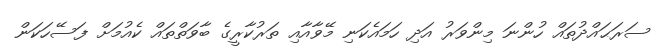
ސަރަޙައްދުތައް ހުންނަ މިންވަރު އަދި ހަމައެކަނި މޭވާއާއި ތަރުކާރީގެ ބާވަތްތައް ކެއުމަށް ފަސޭހަކަން